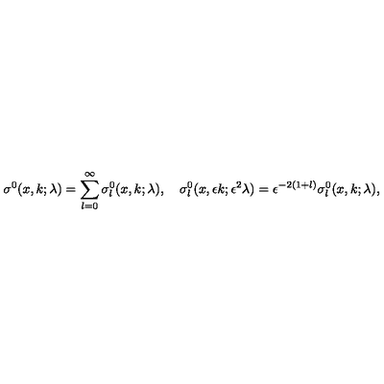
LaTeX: \sigma ^ { 0 } ( x , k ; \lambda ) = \sum _ { l = 0 } ^ { \infty } \sigma _ { l } ^ { 0 } ( x , k ; \lambda ) , \quad \sigma _ { l } ^ { 0 } ( x , \epsilon k ; \epsilon ^ { 2 } \lambda ) = \epsilon ^ { - 2 ( 1 + l ) } \sigma _ { l } ^ { 0 } ( x , k ; \lambda ) ,